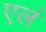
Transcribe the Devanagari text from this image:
एलं